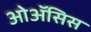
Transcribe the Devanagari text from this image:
ओॲसिस